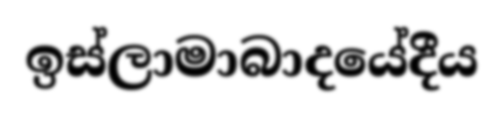
ඉස්ලාමාබාදයේදීය